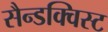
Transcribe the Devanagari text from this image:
सैन्डक्विस्ट